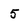
Character: 5